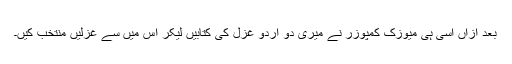
بعد ازاں اسی ہی میوزک کمپوزر نے میری دو اُردو غزل کی کتابیں لیکر اس میں سے غزلیں منتخب کیں۔